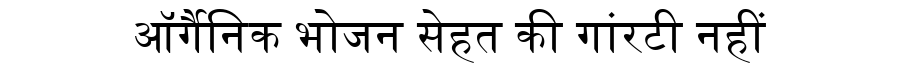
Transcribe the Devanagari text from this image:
ऑर्गैनिक भोजन सेहत की गांरटी नहीं